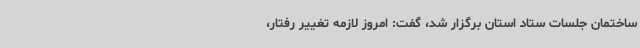
ساختمان جلسات ستاد استان برگزار شد، گفت: امروز لازمه تغییر رفتار،